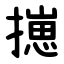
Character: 㩄